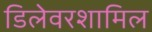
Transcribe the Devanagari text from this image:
डिलेवरशामिल